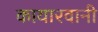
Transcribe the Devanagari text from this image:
कायारवानी